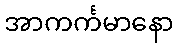
အာကင်္ကမာနော